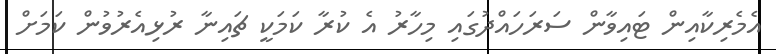
އެމެރިކާއިން ޓައިވާން ސަރަހައްދުގައި މިހާރު އެ ކުރާ ކަމަކީ ޗައިނާ ރުޅިއެރުވުން ކަމަށް